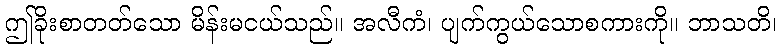
ဤခိုးစာတတ်သော မိန်းမငယ်သည်။ အလီကံ၊ ပျက်ကွယ်သောစကားကို။ ဘာသတိ၊